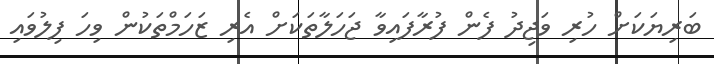
ބަރިޔަކަށް ހުރި ވަޖިދު ފެން ފުރާފައިވާ ޖަހަލާތަކަށް އެރި ޒަހަމްތަކުން ވިހަ ފިލުވައި